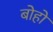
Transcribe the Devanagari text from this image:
बोहो